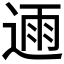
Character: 𮞛